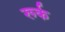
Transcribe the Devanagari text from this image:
रूर्क